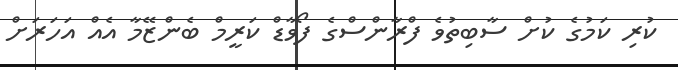
ކުރި ކަމުގެ ކުށް ސާބިތުވެ ފްރާންސްގެ ފޯވާޑް ކަރީމް ބެންޒޭމާ އެއް އަހަރަށް